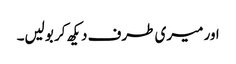
اور میری طرف دیکھ کر بولیں۔